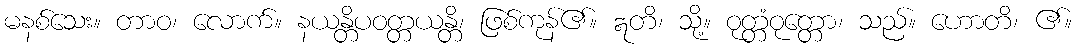
မနစ်သေး။ တာဝ၊ လောက်။ နယန္တိပဝတ္တယန္တိ၊ ဖြစ်ကုန်၏။ ဣတိ၊ သို့။ ဝုတ္တံဝုတ္တော၊ သည်။ ဟောတိ၊ ၏။